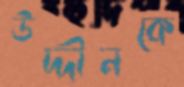
উদ্দীনকে